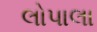
લોપાલા